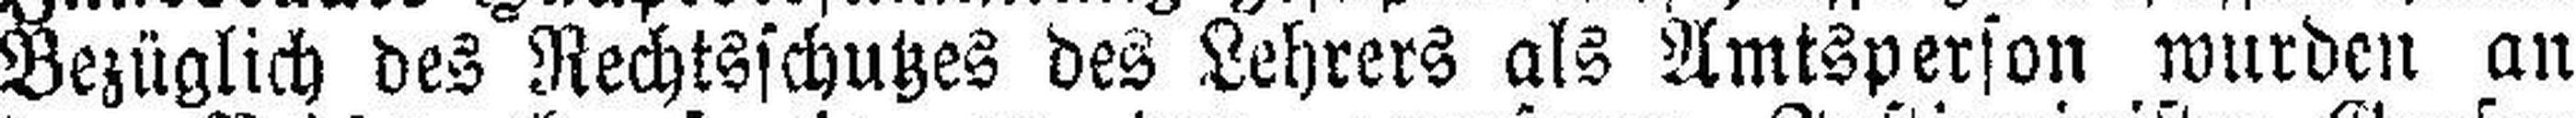
Bezüglich des Rechtsschutzes des Lehrers als Amtsperson wurden an